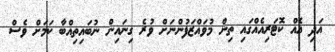
އަދި އެއް ކޮޓަރިއެއްގައި ތިން މުވައްޒަފުންނަށް ވުރެ ގިނައިން ނުބައިތިއްބާ ކަމަށް ވެސް